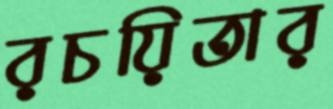
রচয়িতার